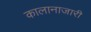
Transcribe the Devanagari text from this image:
कालानाजारी